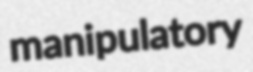
manipulatory